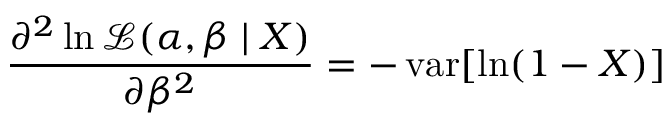
{ \frac { \partial ^ { 2 } \ln { \mathcal { L } } ( \alpha , \beta \mid X ) } { \partial \beta ^ { 2 } } } = - \operatorname { v a r } [ \ln ( 1 - X ) ]